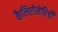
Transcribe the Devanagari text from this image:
कैलिप्टोमेरिडी